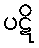
ပဋိ